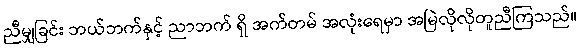
ညီမျှခြင်း ဘယ်ဘက်နှင့် ညာဘက် ရှိ အက်တမ် အလုံးရေမှာ အမြဲလိုလိုတူညီကြသည်။